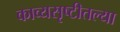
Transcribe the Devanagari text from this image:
काव्यसृष्टीतल्या